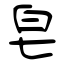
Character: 皂